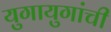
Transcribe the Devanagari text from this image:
युगायुगांची